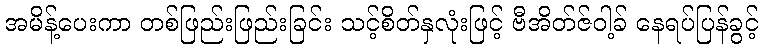
အမိန့်ပေးကာ တစ်ဖြည်းဖြည်းခြင်း သင့်စိတ်နှလုံးဖြင့် ဗီအိတ်ဇ်ဝါ့ခ် နေရပ်ပြန်ခွင့်